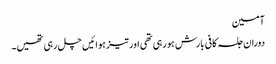
آمین
دوران جلسہ کافی بارش ہو رہی تھی اور تیز ہوائیں چل رہی تھیں۔